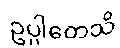
ဥပ္ပါတေသိ